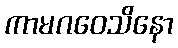
ကာမဂဝေသိနော